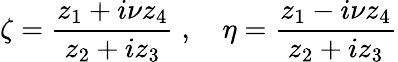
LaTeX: \zeta=\frac{z_{1}+i\nu z_{4}}{z_{2}+iz_{3}}\; ,\quad\eta=\frac{z_{1}-i\nu z_{4}}{z_{2}+iz_{3}}